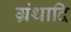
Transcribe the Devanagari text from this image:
ग्रंथादि